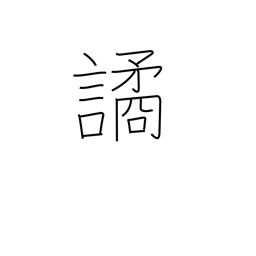
Meaning: deceive